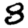
Digit: 8